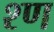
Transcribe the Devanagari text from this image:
श्ण